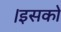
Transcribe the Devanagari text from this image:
।इसको